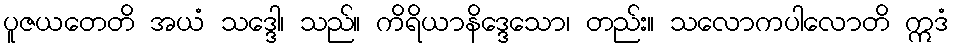
ပူဇယတေတိ အယံ သဒ္ဒေါ၊ သည်။ ကိရိယာနိဒ္ဒေသော၊ တည်း။ သလောကပါလောတိ ဣဒံ